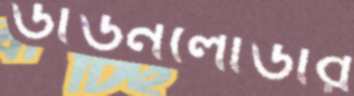
ডাউনলোডার